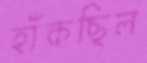
হাঁকছিল